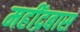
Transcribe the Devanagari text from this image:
महींद्रबास